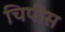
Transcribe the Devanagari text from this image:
चिपीस